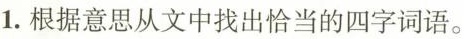
1.根据意思从文中找出恰当的四字词语。